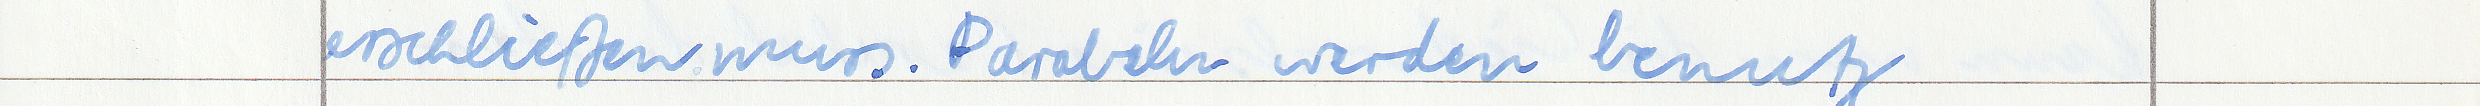
erschließen muss. Parabeln werden benutz